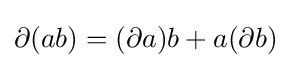
\partial (ab)=(\partial a)b+a(\partial b)